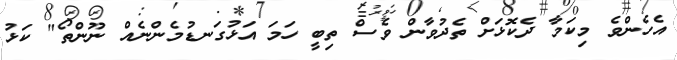
އެހެންވެ މިކަމާ ދެކޮޅަށް ތެދުވާން ވެސް ތިބީ ހަމަ އަޅުގަނޑުމެންނެއް ނޫންތޯ" ކަޅު